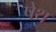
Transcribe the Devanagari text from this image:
पेथ